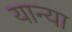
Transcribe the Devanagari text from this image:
यान्या